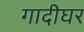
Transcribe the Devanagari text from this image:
गादीघर